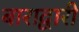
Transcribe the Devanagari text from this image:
बाराद्वारी